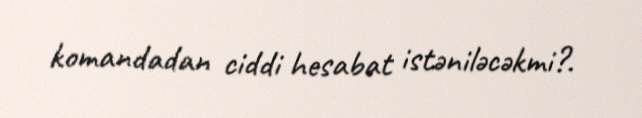
komandadan ciddi hesabat istəniləcəkmi?.